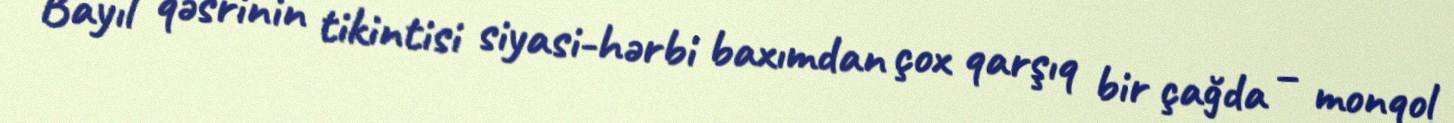
Bayıl qəsrinin tikintisi siyasi-hərbi baxımdan çox qarşıq bir çağda – monqol